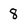
Character: 8